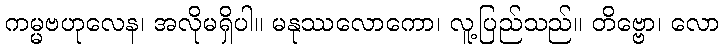
ကမ္မဗဟုလေန၊ အလိုမရှိပါ။ မနုဿလောကော၊ လူ့ပြည်သည်။ တိဗ္ဗော၊ လော